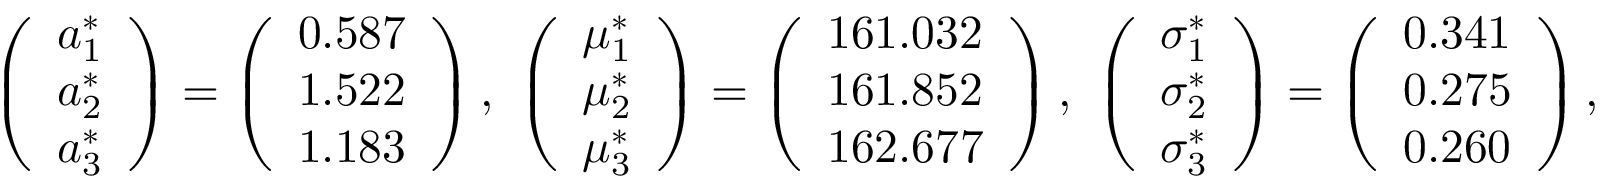
\begin{array} { r } { \left( \begin{array} { l } { a _ { 1 } ^ { * } } \\ { a _ { 2 } ^ { * } } \\ { a _ { 3 } ^ { * } } \end{array} \right) = \left( \begin{array} { l } { 0 . 5 8 7 } \\ { 1 . 5 2 2 } \\ { 1 . 1 8 3 } \end{array} \right) , \ \left( \begin{array} { l } { \mu _ { 1 } ^ { * } } \\ { \mu _ { 2 } ^ { * } } \\ { \mu _ { 3 } ^ { * } } \end{array} \right) = \left( \begin{array} { l } { 1 6 1 . 0 3 2 } \\ { 1 6 1 . 8 5 2 } \\ { 1 6 2 . 6 7 7 } \end{array} \right) , \ \left( \begin{array} { l } { \sigma _ { 1 } ^ { * } } \\ { \sigma _ { 2 } ^ { * } } \\ { \sigma _ { 3 } ^ { * } } \end{array} \right) = \left( \begin{array} { l } { 0 . 3 4 1 } \\ { 0 . 2 7 5 } \\ { 0 . 2 6 0 } \end{array} \right) , \ B = 0 . 1 . } \end{array}